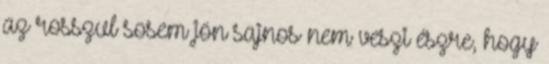
az rosszul sosem jön sajnos nem veszi észre, hogy